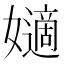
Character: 𡣪